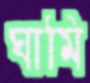
ঘামি